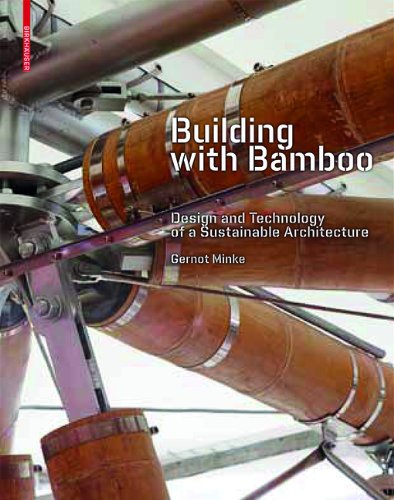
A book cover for Building with Bamboo; Gernot Minke; Arts & Photography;